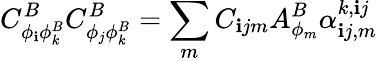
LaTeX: C_{\phi_{\mathbf{i}}\phi_{k}^{B}}^{B}C_{\phi_{j}\phi_{k}^{B}}^{B}=\sum_{m}C_{\mathbf{i}jm}A_{\phi_{m}}^{B}\alpha_{\mathbf{i}j,m}^{k,\mathbf{i}j}